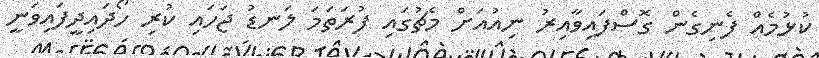
ކުޅުމެއް ފެނިގެން ގޮސްފައިވާއިރު ނިއުއަށް މެޗުގައި ފުރަތަމަ ލަނޑު ޖަހައި ކުރި ހޯދައިދީފައިވަނީ